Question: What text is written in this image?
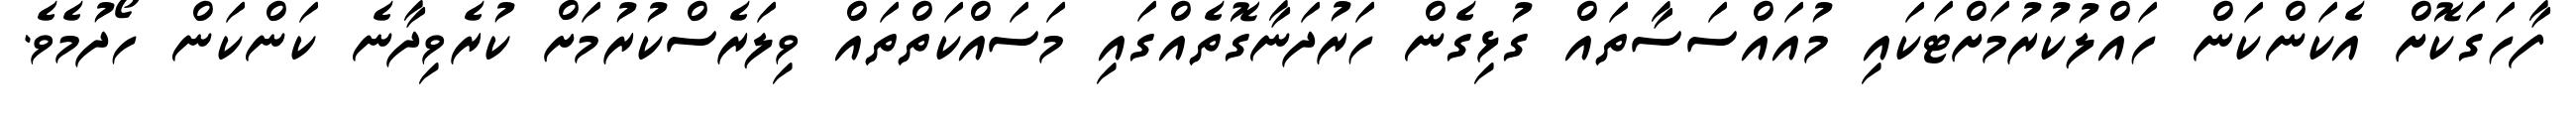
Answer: ފާހަގަކޮށް އެކަންކަން ހައްލުކުރުމަށްޓަކައި މުއައްސަސާތައް ގުޅިގެން ހަރުދަނާގޮތެއްގައި މަސައްކަތްތައް ވިލަރެސްކުރުމަށް ކުރެވިދާނެ ކަންކަން ހޯދުމެވެ.